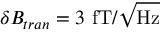
\delta B _ { t r a n } = 3 ~ \mathrm { f T / \sqrt { H z } }